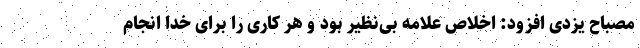
مصباح یزدی افزود: اخلاص علامه بی‌نظیر بود و هر کاری را برای خدا انجام